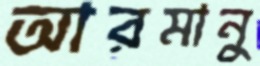
আরমানু